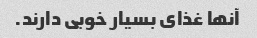
آنها غذای بسیار خوبی دارند.